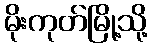
မိုးကုတ်မြို့သို့